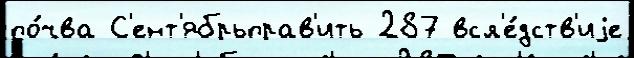
по́чва С'ент'ябрьправ'ить 287 всл'е́дств'иjе